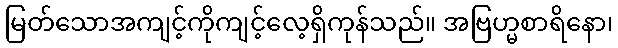
မြတ်သောအကျင့်ကိုကျင့်လေ့ရှိကုန်သည်။ အဗြဟ္မစာရိနော၊